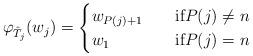
LaTeX: \begin{align*}\varphi_{\hat T_j}(w_j)=\begin{cases} w_{P(j)+1}&\quad\mbox{if}P(j)\ne n\\w_1&\quad\mbox{if}P(j)=n\end{cases}\end{align*}